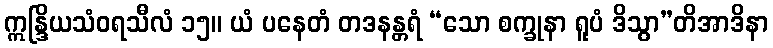
ဣန္ဒြိယသံဝရသီလံ ၁၅။ ယံ ပနေတံ တဒနန္တရံ “သော စက္ခုနာ ရူပံ ဒိသွာ”တိအာဒိနာ